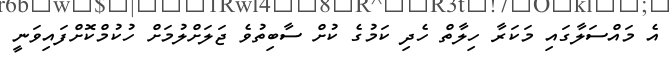
އެ މައްސަލާގައި މަކަރާ ހިލާތް ހެދި ކަމުގެ ކުށް ސާބިތުވެ ޖަލަށްލުމަށް ހުކުމްކޮށްފައިވަނީ